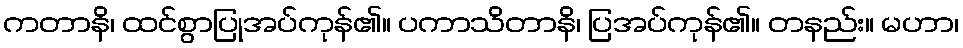
ကတာနိ၊ ထင်စွာပြုအပ်ကုန်၏။ ပကာသိတာနိ၊ ပြအပ်ကုန်၏။ တနည်း။ မဟာ၊